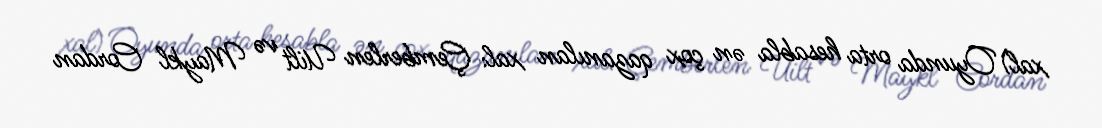
xal) Oyunda orta hesabla ən çox qazanılan xal: Çemberlen Uilt və Maykl Cordan